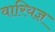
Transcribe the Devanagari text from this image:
वारियज्ञ